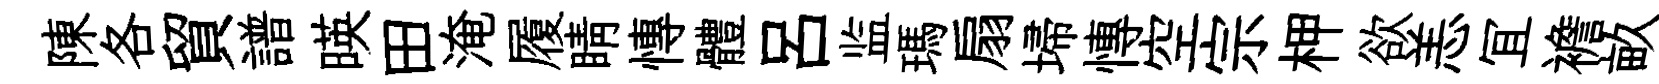
陳各貿譜暎田淹履睛慱體吕监瑪扇埽慱空宗柙欲恙冝襜畝